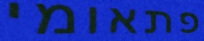
פתאומי